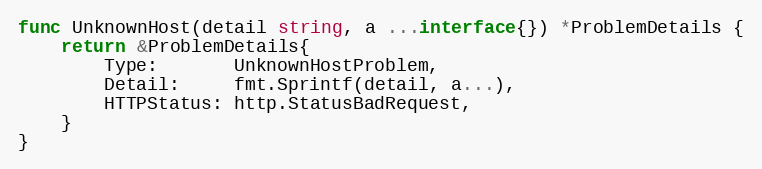
Language: Go
func UnknownHost(detail string, a ...interface{}) *ProblemDetails {
	return &ProblemDetails{
		Type:       UnknownHostProblem,
		Detail:     fmt.Sprintf(detail, a...),
		HTTPStatus: http.StatusBadRequest,
	}
}